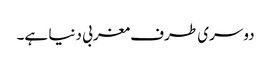
دوسری طرف مغربی دنیا ہے۔